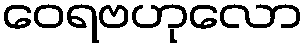
ဝေရဗဟုလော